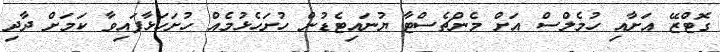
ގޮޓްޒޭ އަށާއި ހުމެލްސް އަށް މެންޗެސްޓާ ޔުނައިޓެޑުން ހުށަހެޅުމެއް ހުށަހަޅާފައިވާ ކަމަށް ދާދި